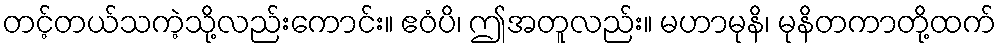
တင့်တယ်သကဲ့သို့လည်းကောင်း။ ဧဝံပိ၊ ဤအတူလည်း။ မဟာမုနိ၊ မုနိတကာတို့ထက်